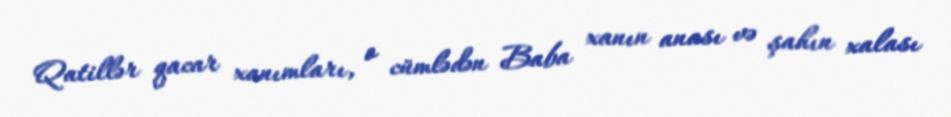
Qatillər qacar xanımları, o cümlədən Baba xanın anası və şahın xalası